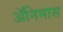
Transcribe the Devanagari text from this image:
ॲनिमास